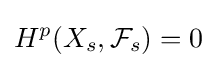
H^{p}(X_{s},{\mathcal {F}}_{s})=0